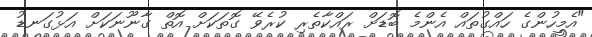
"އެމީހުންގެ ހައްގުތައް އެންމެ ބޮޑަށް ރައްކާތެރި ކުރެވޭ ގޮތަކަށް އޮތް ގާނޫނަކަށް އަޅުގަނޑު